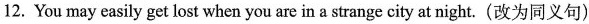
12. You may easily get lost when you are in a strange city at night.(改为同义句)